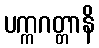
ပက္ကဂတ္တာနိ